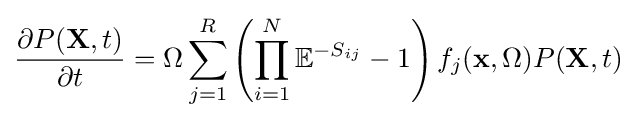
{\frac {\partial P(\mathbf {X} ,t)}{\partial t}}=\Omega \sum _{j=1}^{R}\left(\prod _{i=1}^{N}\mathbb {E} ^{-S_{ij}}-1\right)f_{j}(\mathbf {x} ,\Omega )P(\mathbf {X} ,t)